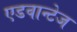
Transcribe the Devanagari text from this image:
एडवान्टेज